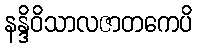
နန္ဒိဝိသာလဇာတကေပိ